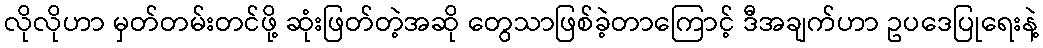
လိုလိုဟာ မှတ်တမ်းတင်ဖို့ ဆုံးဖြတ်တဲ့အဆို တွေသာဖြစ်ခဲ့တာကြောင့် ဒီအချက်ဟာ ဥပဒေပြုရေးနဲ့